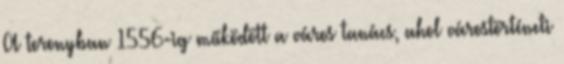
A toronyban 1556-ig működött a város tanács, ahol várostörténeti